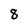
Character: 8